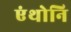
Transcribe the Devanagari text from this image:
एंथोनि